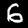
Digit: 6